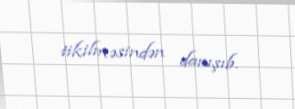
tikilməsindən danışıb.